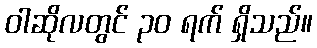
ဝါဆိုလတွင် ၃၀ ရက် ရှိသည်။